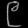
Digit: ၉